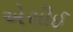
એસીઈ